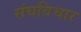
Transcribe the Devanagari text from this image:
संघविचार